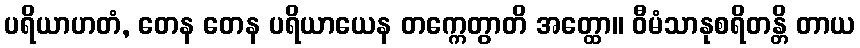
ပရိယာဟတံ, တေန တေန ပရိယာယေန တက္ကေတွာတိ အတ္ထော။ ဝီမံသာနုစရိတန္တိ တာယ